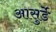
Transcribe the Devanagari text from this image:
आसुर्डे